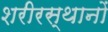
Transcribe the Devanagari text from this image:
शरीरस्थानों